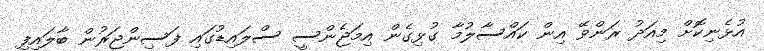
އުޅެނިކޮށް މިއަދު ރަންވޭ އިން ކައްސާލުމާ ގުޅިގެން އިމަޖެންސީ ސްލައިޑުގައި ފަސިންޖަރުން ބާލައިފި